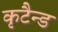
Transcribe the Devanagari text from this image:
कृटैन्ड